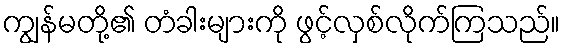
ကျွန်မတို့၏ တံခါးများကို ဖွင့်လှစ်လိုက်ကြသည်။